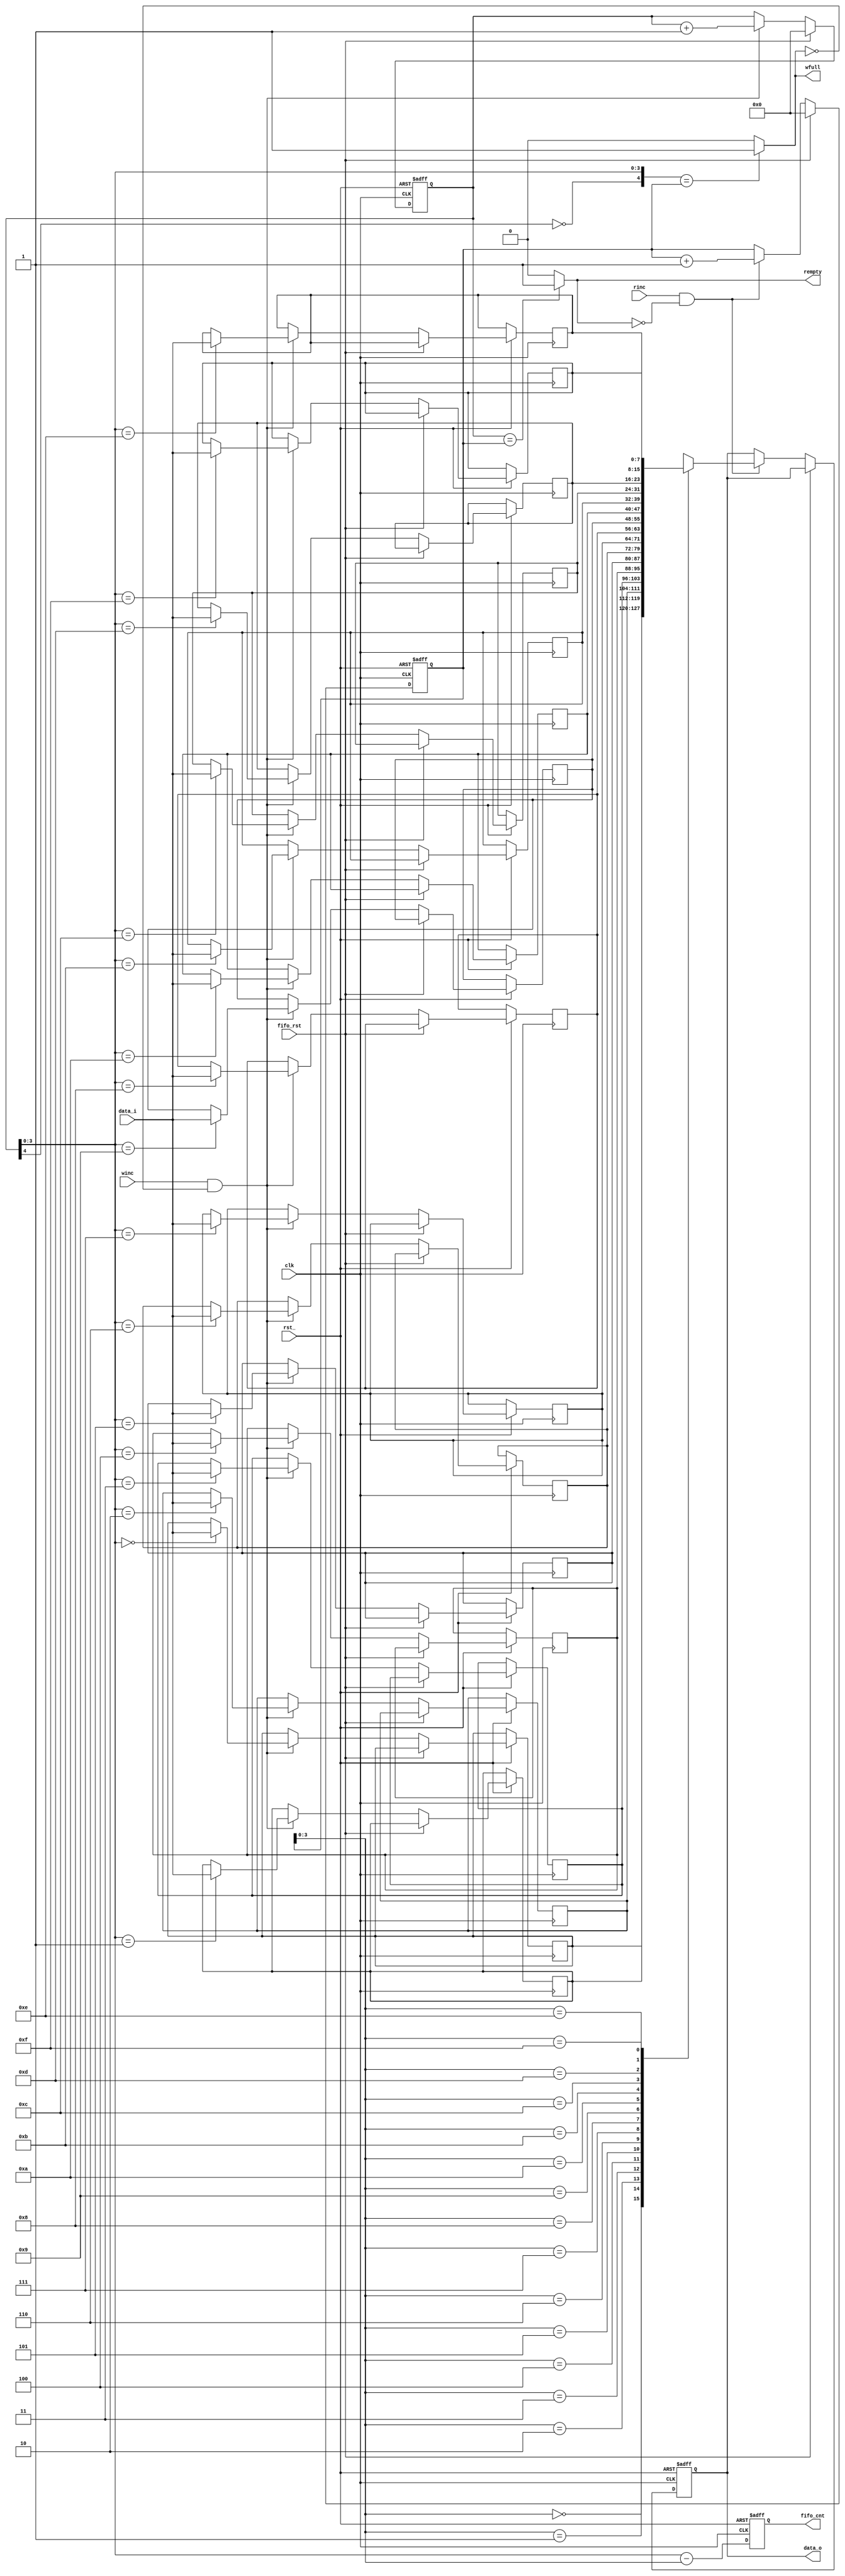
module    UART_FIFO#(
    parameter   WEDTH_BIT = 8,      //fifo 8
    parameter   DEPTH_ADR = 4       //fifo 
)
(
    //inputs
    clk,
    rst_,
    fifo_rst,
    rinc,
    winc,
    data_i,
    //outputs
    data_o,
    wfull,
    rempty,
    fifo_cnt
);

localparam DEPTH = 2**DEPTH_ADR;
input                           clk;                 // ARM clock
input                           rst_;                // ARM reset
input                           fifo_rst;            // FIFO reset control signal.high active
input                           rinc;                // FIFO read enable signal
input                           winc;                // FIFO write enable signal
input   [WEDTH_BIT - 1:0]       data_i;              // in data line

output                          wfull;               // write full signal
output                          rempty;              // read empty signal
output  [WEDTH_BIT - 1:0]       data_o;              // FIFO out data
output  [DEPTH_ADR - 1:0]       fifo_cnt;            // FIFO statu register

reg     [WEDTH_BIT - 1:0]       data_o;
reg     [DEPTH_ADR - 1:0]       fifo_cnt;
reg     [DEPTH_ADR    :0]       wptr;                // write pointer
reg     [DEPTH_ADR    :0]       rptr;                // read pointer
reg     [WEDTH_BIT - 1:0]       ram     [DEPTH - 1:0];           // ram in FIFO

// write data in ram
always@(posedge clk or negedge rst_) begin
    if(!rst_) begin
        data_o <= 1'd0;
        rptr   <= 1'd0;
    end
    else begin
        if(fifo_rst) begin
            rptr <= 1'd0;
        end
        else begin
            if(rinc && !rempty) begin
                data_o <= ram[rptr[DEPTH_ADR - 1:0]];
                rptr   <= rptr + 1'b1;
            end
        end
    end
end

// read data from ram
always@(posedge clk or negedge rst_) begin
    if(!rst_) begin
        wptr <= 1'd0;
    end
    else begin
        if(fifo_rst) begin
            wptr <= 1'd0;
        end
        else begin
            if(winc && !wfull) begin
                ram[wptr[DEPTH_ADR - 1:0]] <= data_i;
                wptr            <= wptr + 1'b1; 
            end
        end
    end
end

// the number of data in the FIFO
always@(posedge clk or negedge rst_) begin
    if(!rst_) begin
        fifo_cnt <= 1'd0;
    end
    else begin
        fifo_cnt <= wptr - rptr;
    end
end

// produce full and empty signal
assign    wfull  = ({!wptr[DEPTH_ADR],wptr[DEPTH_ADR - 1:0]}==rptr)? 1'b1 : 1'b0;
assign    rempty = (wptr==rptr)? 1'b1:1'b0;

endmodule